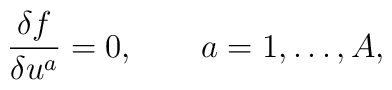
\frac{\delta f}{\delta u^a} = 0, \qquad a = 1, \ldots, A,